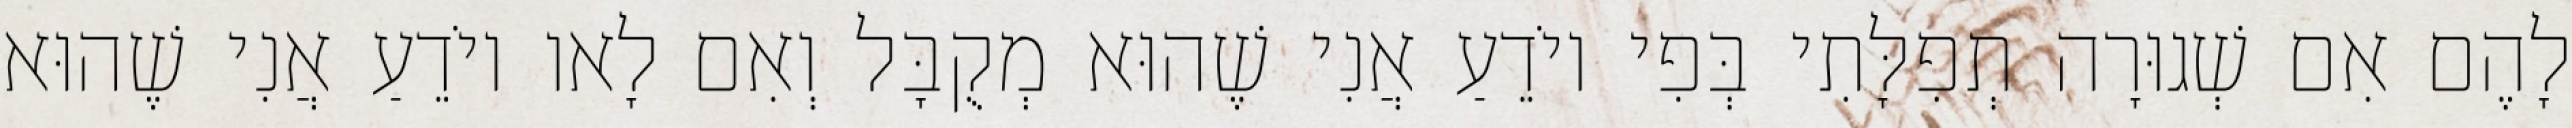
לָהֶם אִם שְׁגוּרָה תְפִלָּתִי בְּפִי יוֹדֵעַ אֲנִי שֶׁהוּא מְקֻבָּל וְאִם לָאו יוֹדֵעַ אֲנִי שֶׁהוּא